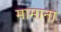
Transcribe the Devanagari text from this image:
मामाना